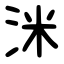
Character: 洣